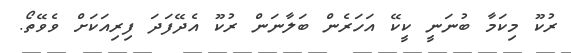
ރުކޫ މިކަމާ ބުނަނީ ކީކޭ އަހަރެން ބަލާނަން ރުކޫ އެދޭފަދަ ފިރިއަކަށް ވެވޭތޯ.